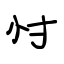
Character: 忖